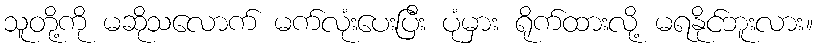
သူတို့ကို မဆိုသလောက် မက်လုံးပေးပြီး ပုံမှား ရိုက်ထားလို့ မရနိုင်ဘူးလား။